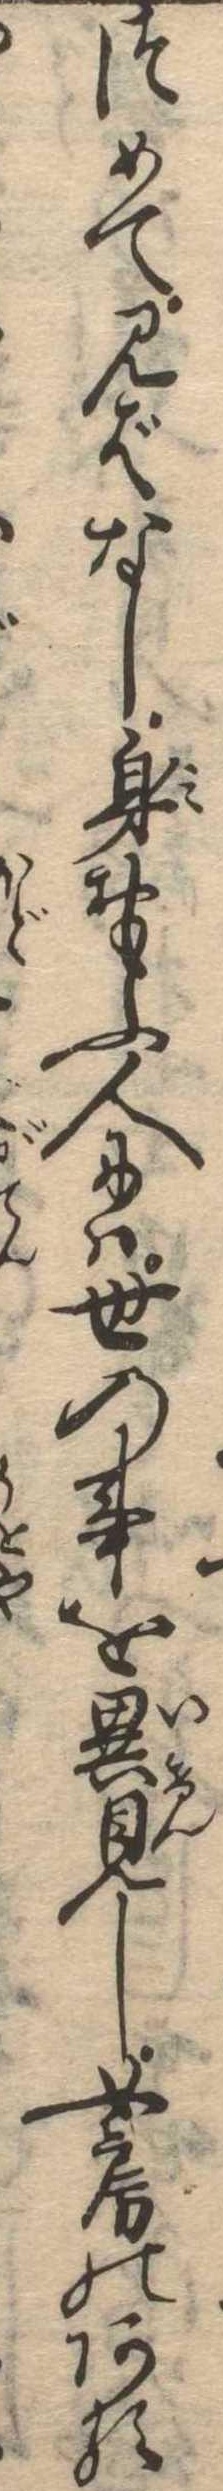
つめて見ばなし身おもふ人には世の事を異見し女房のある